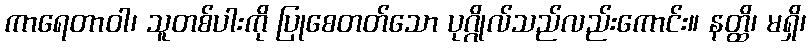
ကာရေတာဝါ၊ သူတစ်ပါးကို ပြုစေတတ်သော ပုဂ္ဂိုလ်သည်လည်းကောင်း။ နတ္ထိ၊ မရှိ၊